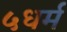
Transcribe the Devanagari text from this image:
५धर्म